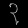
Digit: ၃